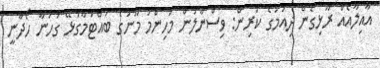
އާއިލާއެއް ރޫޅިގެން ދިއުމުގެ ކުރިން: ވިސްނާލުން މުހިންމު މޫނުގެ ބައްޓަމާގުޅޭ ގަހަނާ ހޯދާނީ